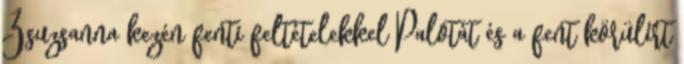
Zsuzsanna kezén fenti feltételekkel Palotát és a fent körülírt